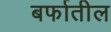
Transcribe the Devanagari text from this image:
बर्फातील